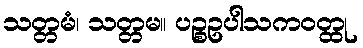
သတ္တမံ၊ သတ္တမ။ ပဉ္စဥပါသကဝတ္ထု